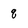
Character: q